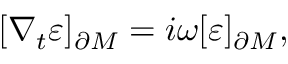
[ \nabla _ { t } \varepsilon ] _ { \partial M } = i \omega [ \varepsilon ] _ { \partial M } ,